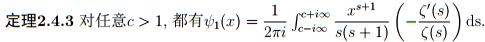
定理2.4.3 对任意$c > 1$, 都有$\psi_1(x)=\frac{1}{2\pi i}\int_{c - i\infty}^{c + i\infty}\frac{x^{s + 1}}{s(s + 1)}\left(-\frac{\zeta'(s)}{\zeta(s)}\right)\mathrm{d}s$.